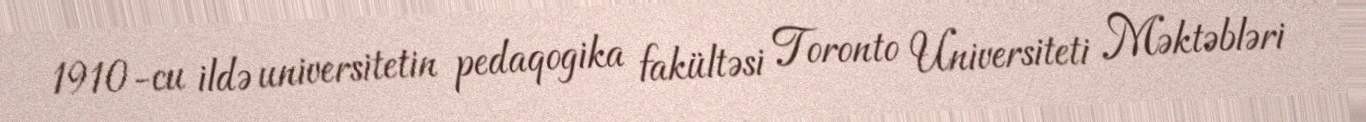
1910-cu ildə universitetin pedaqogika fakültəsi Toronto Universiteti Məktəbləri